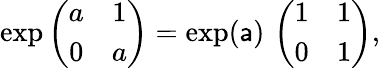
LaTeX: \exp\left(\begin{array}{cc}{{a}}&{{1}}\\ {{0}}&{{a}}\end{array}\right)=\exp(\mathsf{a})\, \left(\begin{array}{cc}{{1}}&{{1}}\\ {{0}}&{{1}}\end{array}\right),